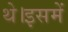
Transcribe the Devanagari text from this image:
थे।इसमें